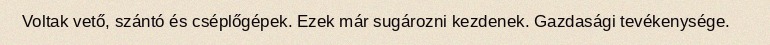
Voltak vető, szántó és cséplőgépek. Ezek már sugározni kezdenek. Gazdasági tevékenysége.